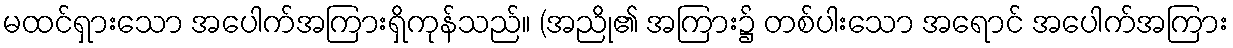
မထင်ရှားသော အပေါက်အကြားရှိကုန်သည်။ (အညို၏ အကြား၌ တစ်ပါးသော အရောင် အပေါက်အကြား